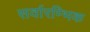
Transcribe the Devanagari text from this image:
सर्वारम्भिक